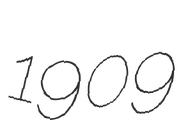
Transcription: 1909